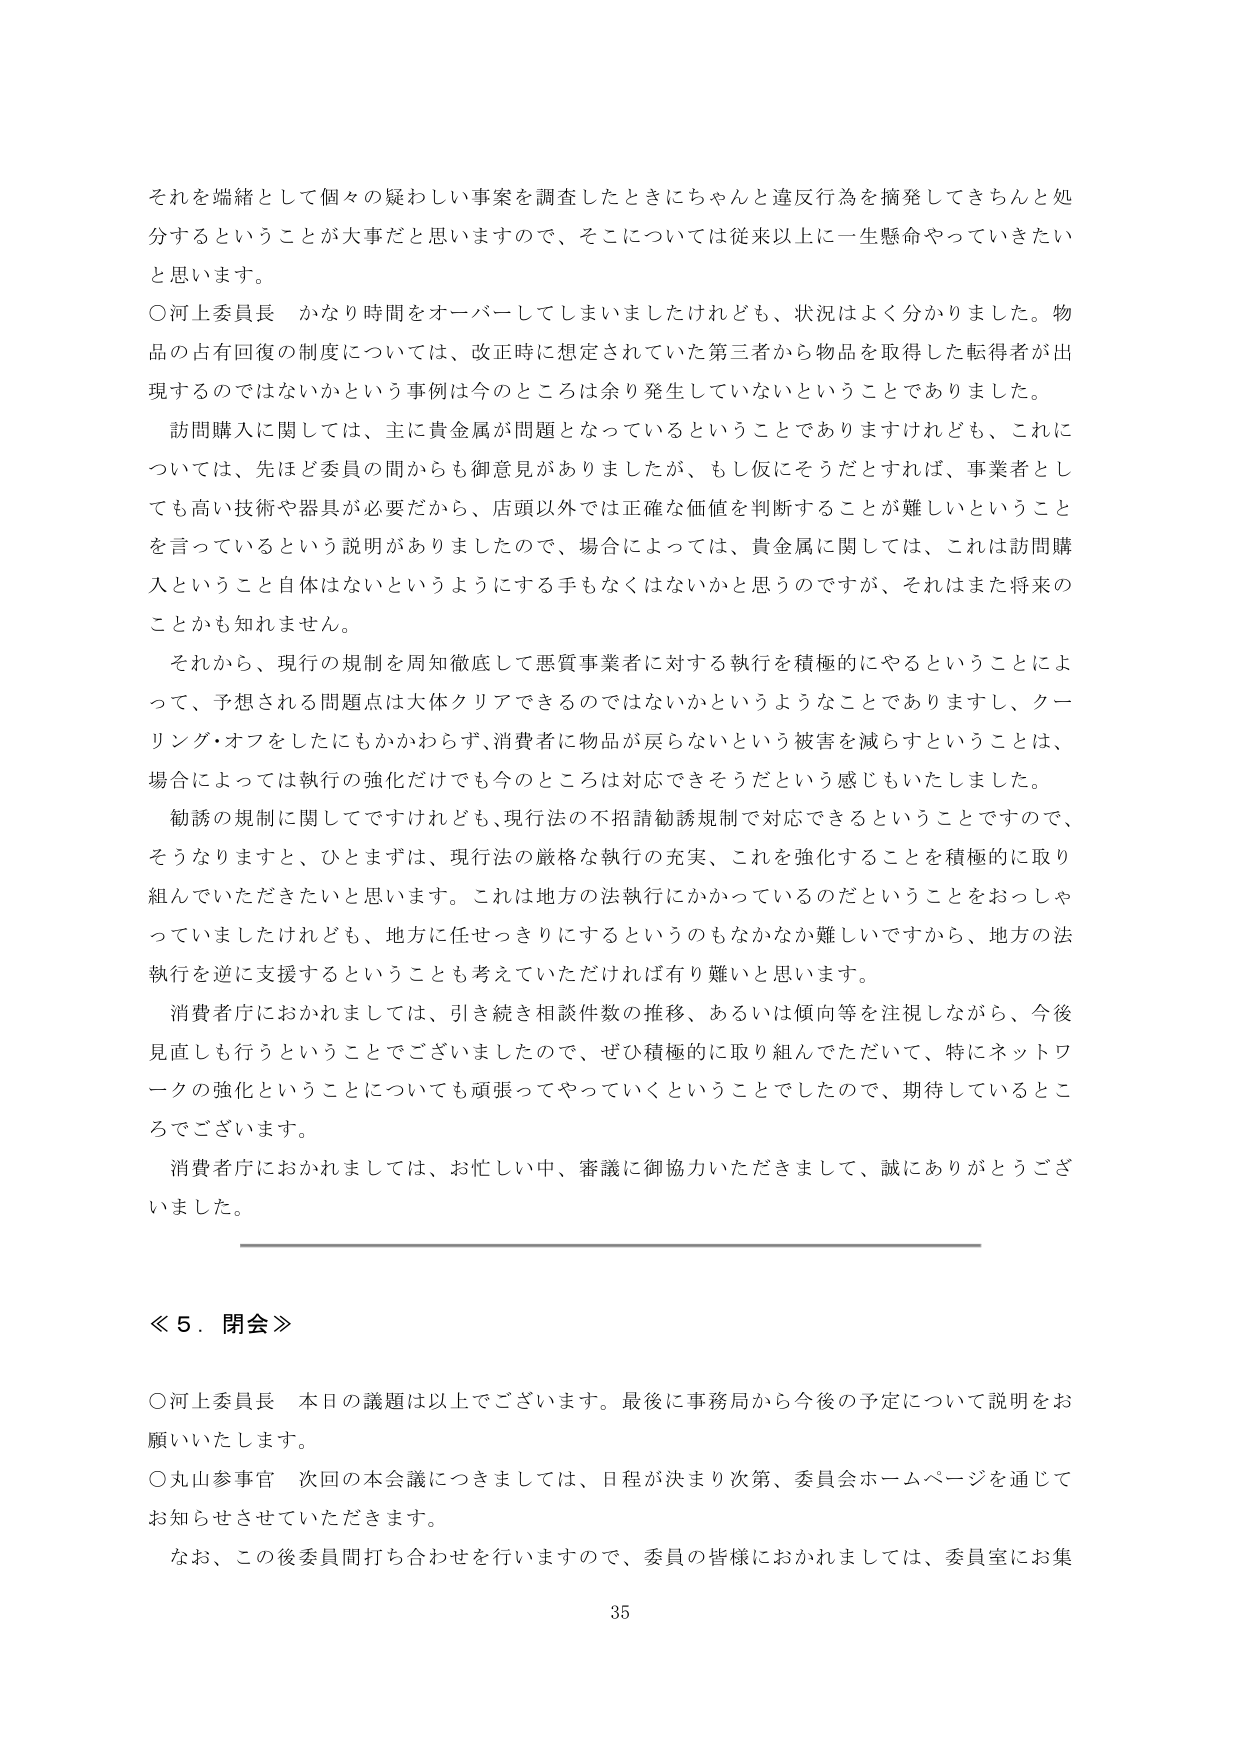
それを端緒として個々の疑わしい事案を調査したときにちゃんと違反行為を摘発してきちんと処分するということが大事だと思いますので、そこについては従来以上に一生懸命やっていきたいと思います。

○河上委員長　かなり時間をオーバーしてしまいましたけれども、状況はよく分かりました。物品の占有回復の制度については、改正時に想定されていた第三者から物品を取得した転得者が出現するのではないかという事例は今のところは余り発生していないということでありました。

　訪問購入に関しては、主に貴金属が問題となっているということありますけれども、これについては、先ほど委員の間からも御意見がありましたか、もし仮にそうだとすれば、事業者としても高い技術や器具が必要だから、店頭以外では正確な価値を判断することが難しいということを言っているという説明がありましたので、場合によっては、貴金属に関しては、これは訪問購入ということ自体はないというようにする手もなくなはないかと思うのですが、それはまた将来のことかも知れません。

　それから、現行の規制を周知徹底して悪質事業者に対する執行を積極的にやるということによって、予想される問題点は大体クリアできるのではないかというようなことでありますし、クーリング・オフをしたにもかかわらず、消費者に物品が戻らないという被害を減らすということは、場合によっては執行の強化だけでも今のところは対応できそうだという感じもいたしました。

　勧誘の規制に関してですけれども、現行法の不招請勧誘規制で対応できるということで、そうなりますと、ひとまずは、現行法の厳格な執行の充実、これを強化することを積極的に取り組んでいただきたいと思います。これは地方の法執行にかかっているのだということをおっしゃっていましたけれども、地方に任せっきりにするというのもなかなか難しいですから、地方の法執行を逆に支援するということも考えていただければ有り難いと思います。

　消費者庁におかれましては、引き続き相談件数の推移、あるいは傾向等を注視しながら、今後見直しも行うということでございましたので、ぜひ積極的に取り組んでいただいて、特にネットワークの強化ということについても頑張ってやっていくということでしたので、期待しているところでございます。

　消費者庁におかれましては、お忙しい中、審議に御協力いただきまして、誠にありがとうございました。

≪５．閉会≫

○河上委員長　本日の議題は以上でございます。最後に事務局から今後の予定について説明をお願いいたします。

○丸山参事官　次回の本会議につきましては、日程が決まり次第、委員会ホームページを通じてお知らせさせていただきます。

　なお、この後委員間打ち合わせを行いますので、委員の皆様におかれましては、委員室にお集

35